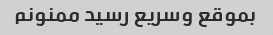
بموقع وسریع رسید ممنونم